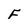
Character: F